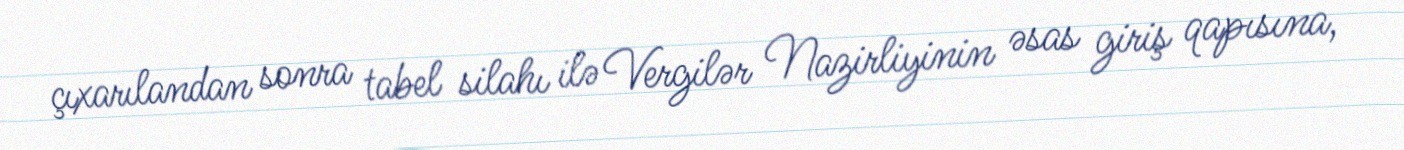
çıxarılandan sonra tabel silahı ilə Vergilər Nazirliyinin əsas giriş qapısına,